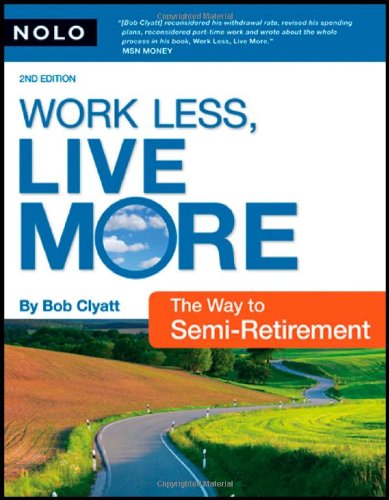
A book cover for Work Less, Live More: The Way to Semi-Retirement; Robert Clyatt; Law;